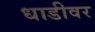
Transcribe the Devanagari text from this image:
धाडीवर